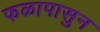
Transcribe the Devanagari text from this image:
फळापासुन